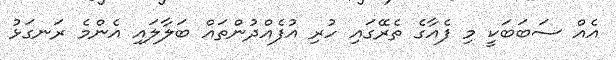
އެއް ސަބަބަކީ މި ފެއާގެ ތެރޭގައި ހުރި އުފެއްދުންތައް ބަލާލައި އެންމެ ރަނގަޅު